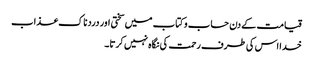
قیامت کے دن حساب و کتاب میں سختی اور دردناک عذاب
خدا اس کی طرف رحمت کی نگاہ نہیں کرتا۔